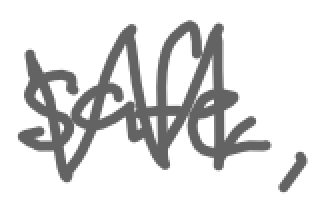
Text: safe,
Cross-out: zig-zag
Writing tool: digital_gray